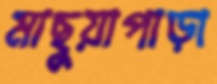
মাছুয়াপাড়া